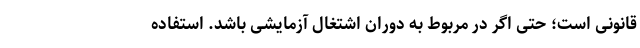
قانونی است؛ حتی اگر در مربوط به دوران اشتغال آزمایشی باشد. استفاده